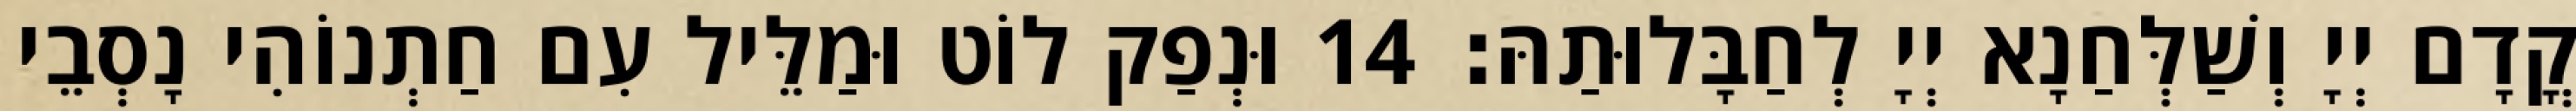
קֳדָם יְיָ וְשַׁלְּחַנָא יְיָ לְחַבָּלוּתַהּ׃ 14 וּנְפַק לוֹט וּמַלֵּיל עִם חַתְנוֹהִי נָסְבֵי